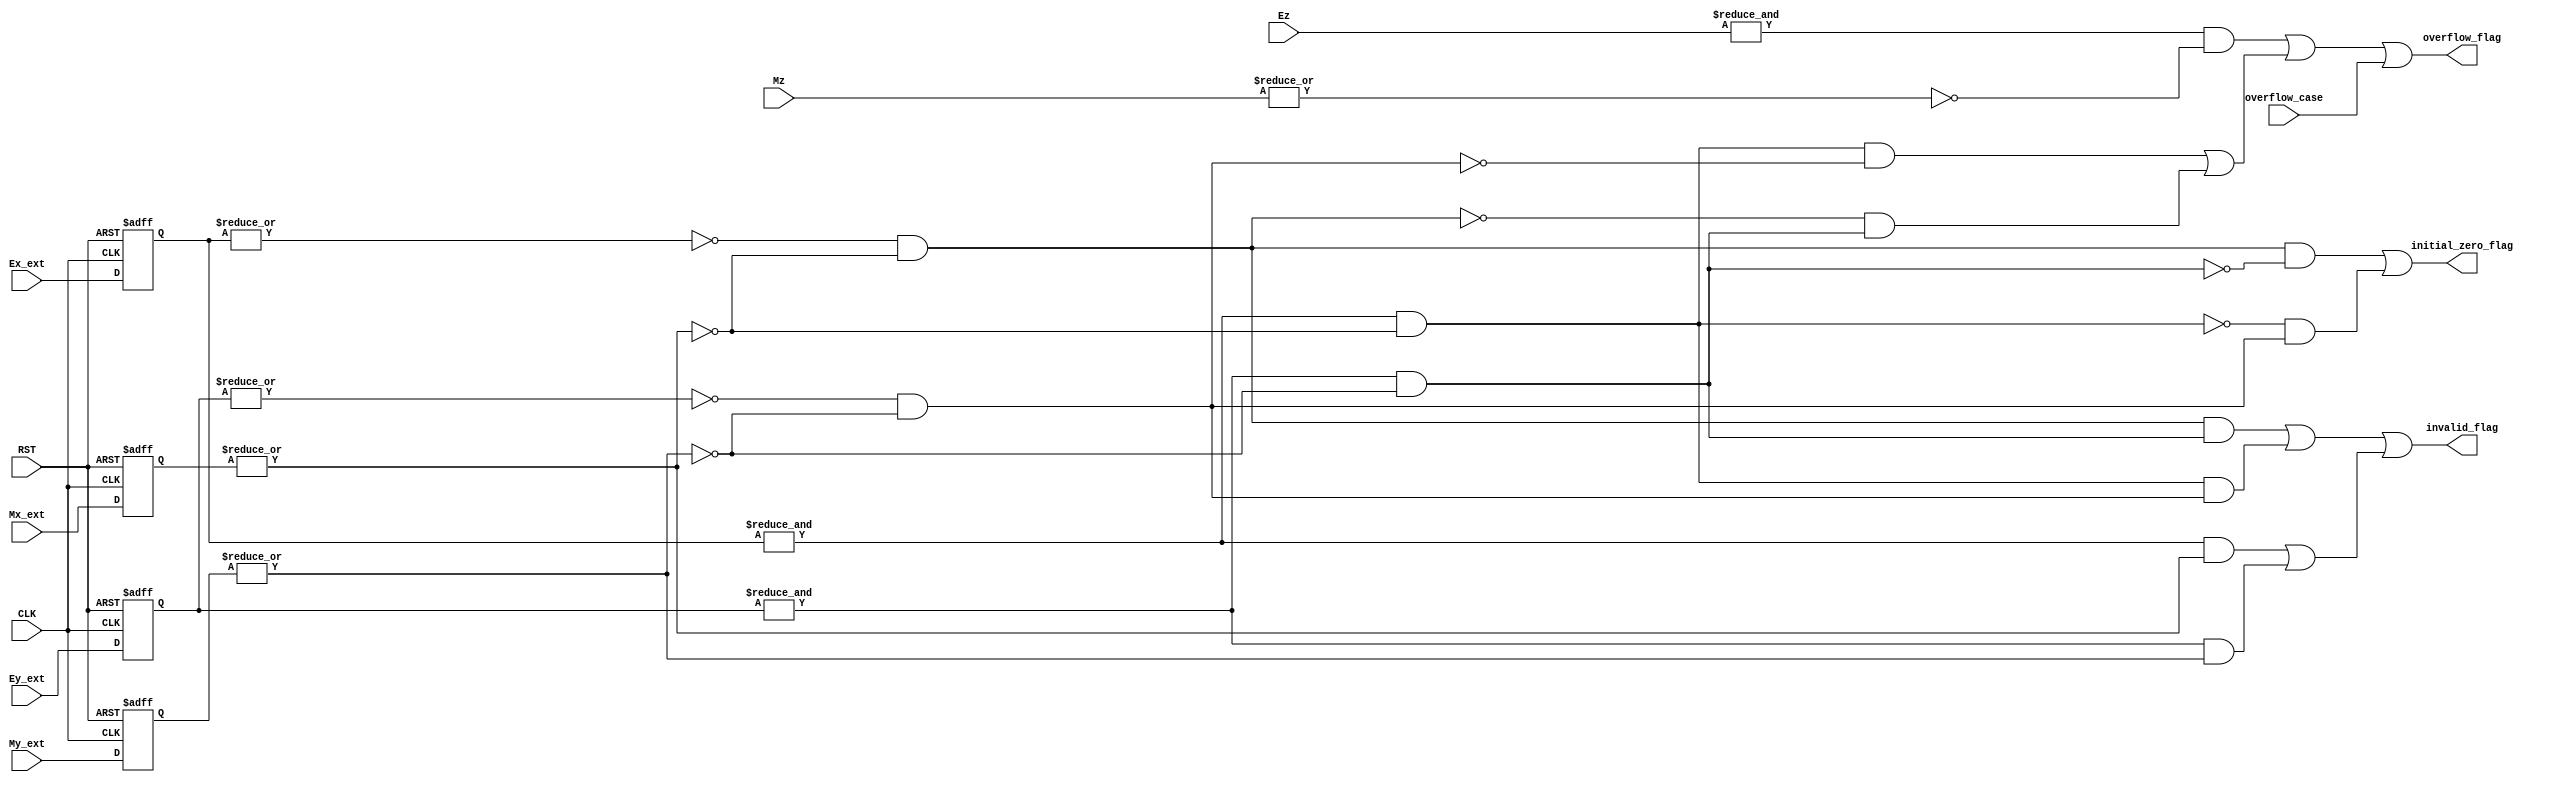
module exceptions (
		input 	wire				CLK,RST,
		input 	wire 	[7:0]		Ex_ext,Ey_ext,Ez,
		input 	wire 	[22:0] 		Mx_ext,My_ext,
		input 	wire 	[23:0] 		Mz,
		input	wire          		overflow_case ,
		output 	reg  				invalid_flag,overflow_flag,initial_zero_flag
					);


reg 	zero_mantessa_x,zero_mantessa_y,max_exponent_x,max_exponent_y,x_is_inf,y_is_inf,min_exponent_z,zero_mantessa_z;
reg 	zero_exponent_x,zero_exponent_y,max_exponent_z,x_is_zero,y_is_zero,x_is_NAN,y_is_NAN;

reg		[7:0]	Ex7,Ey7;
				/*Ex1,Ex2,Ex3,Ex4,Ex5,Ex6,Ex7,
				Ey1,Ey2,Ey3,Ey4,Ey5,Ey6,Ey7,
				Ez_f;*/
				
reg 	[22:0] 	Mx7,My7;
				/*Mx1,Mx2,Mx3,Mx4,Mx5,Mx6,Mx7,
				My1,My2,My3,My4,My5,My6,My7;*/
				
//reg 	[23:0] 	Mz_f,Mz_ff;
				
//reg				overflow_case_f ;

always @ (posedge CLK or negedge RST )
	begin
	if (!RST) 
		begin
			
		/*
			Ex1		<= 0 ;  Ey1		<= 0 ;
			Ex2		<= 0 ;  Ey2		<= 0 ;
			Ex3		<= 0 ;	Ey3		<= 0 ;
			Ex4		<= 0 ;	Ey4		<= 0 ;
			Ex5		<= 0 ;	Ey5		<= 0 ;
			Ex6		<= 0 ;	Ey6		<= 0 ;
		*/
			Ex7		<= 0 ;	Ey7		<= 0 ;
			
		/*
			Mx1		<= 0 ;  My1		<= 0 ;
			Mx2		<= 0 ;  My2		<= 0 ;
			Mx3		<= 0 ;	My3		<= 0 ;
			Mx4		<= 0 ;	My4		<= 0 ;
			Mx5		<= 0 ;	My5		<= 0 ;
			Mx6		<= 0 ;	My6		<= 0 ;
		*/
			Mx7		<= 0 ;	My7		<= 0 ;
			
			//Ez_f 	<= 0 ;
			//Mz_f	<= 0 ;
			//Mz_ff	<= 0 ;
			
			//overflow_case_f	<= 0 ;
	
		end
		
	else
		begin
			
		/*
			Ex1		<= 0 ;  Ey1		<= 0 ;
			Ex2		<= 0 ;  Ey2		<= 0 ;
			Ex3		<= 0 ;	Ey3		<= 0 ;
			Ex4		<= 0 ;	Ey4		<= 0 ;
			Ex5		<= 0 ;	Ey5		<= 0 ;
			Ex6		<= 0 ;	Ey6		<= 0 ;
		*/
			Ex7		<= Ex_ext ;	Ey7		<= Ey_ext ;
			
		/*
			Mx1		<= 0 ;  My1		<= 0 ;
			Mx2		<= 0 ;  My2		<= 0 ;
			Mx3		<= 0 ;	My3		<= 0 ;
			Mx4		<= 0 ;	My4		<= 0 ;
			Mx5		<= 0 ;	My5		<= 0 ;
			Mx6		<= 0 ;	My6		<= 0 ;
		*/
			Mx7		<= Mx_ext ;	My7		<= My_ext ;
			
			//Ez_f 	<= 0 ;
			//Mz_f	<= 0 ;
			//Mz_ff	<= 0 ;
			
			//overflow_case_f	<= 0 ;
			
		end			
	end

always @(*)
	begin
			zero_mantessa_x = ~| Mx7;
			zero_mantessa_y = ~| My7;
			zero_mantessa_z = ~| Mz;
			
			zero_exponent_x = ~| Ex7;
			zero_exponent_y = ~| Ey7;			
			
			
			max_exponent_x = & Ex7;
			max_exponent_y = & Ey7;
			max_exponent_z = & Ez;
			
			x_is_inf = max_exponent_x & zero_mantessa_x;
			y_is_inf = max_exponent_y & zero_mantessa_y;
			
			x_is_zero = zero_exponent_x & zero_mantessa_x;
			y_is_zero = zero_exponent_y & zero_mantessa_y;
			
			x_is_NAN = (max_exponent_x & ~zero_mantessa_x) ;
			y_is_NAN = (max_exponent_y & ~zero_mantessa_y);

			initial_zero_flag = (	x_is_zero & !y_is_inf	)	||	(	!x_is_inf & y_is_zero	) ;	
			overflow_flag = (max_exponent_z & zero_mantessa_z) || (	(x_is_inf & !y_is_zero) | (!x_is_zero & y_is_inf)) || overflow_case ;
			invalid_flag = (x_is_zero & y_is_inf)	||	(x_is_inf & y_is_zero) 	||  (x_is_NAN ||y_is_NAN) ;
				
	end
endmodule